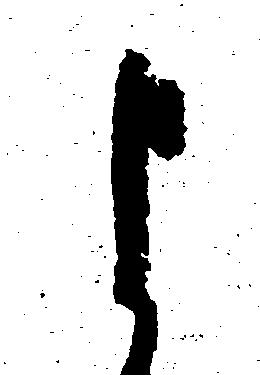
よ